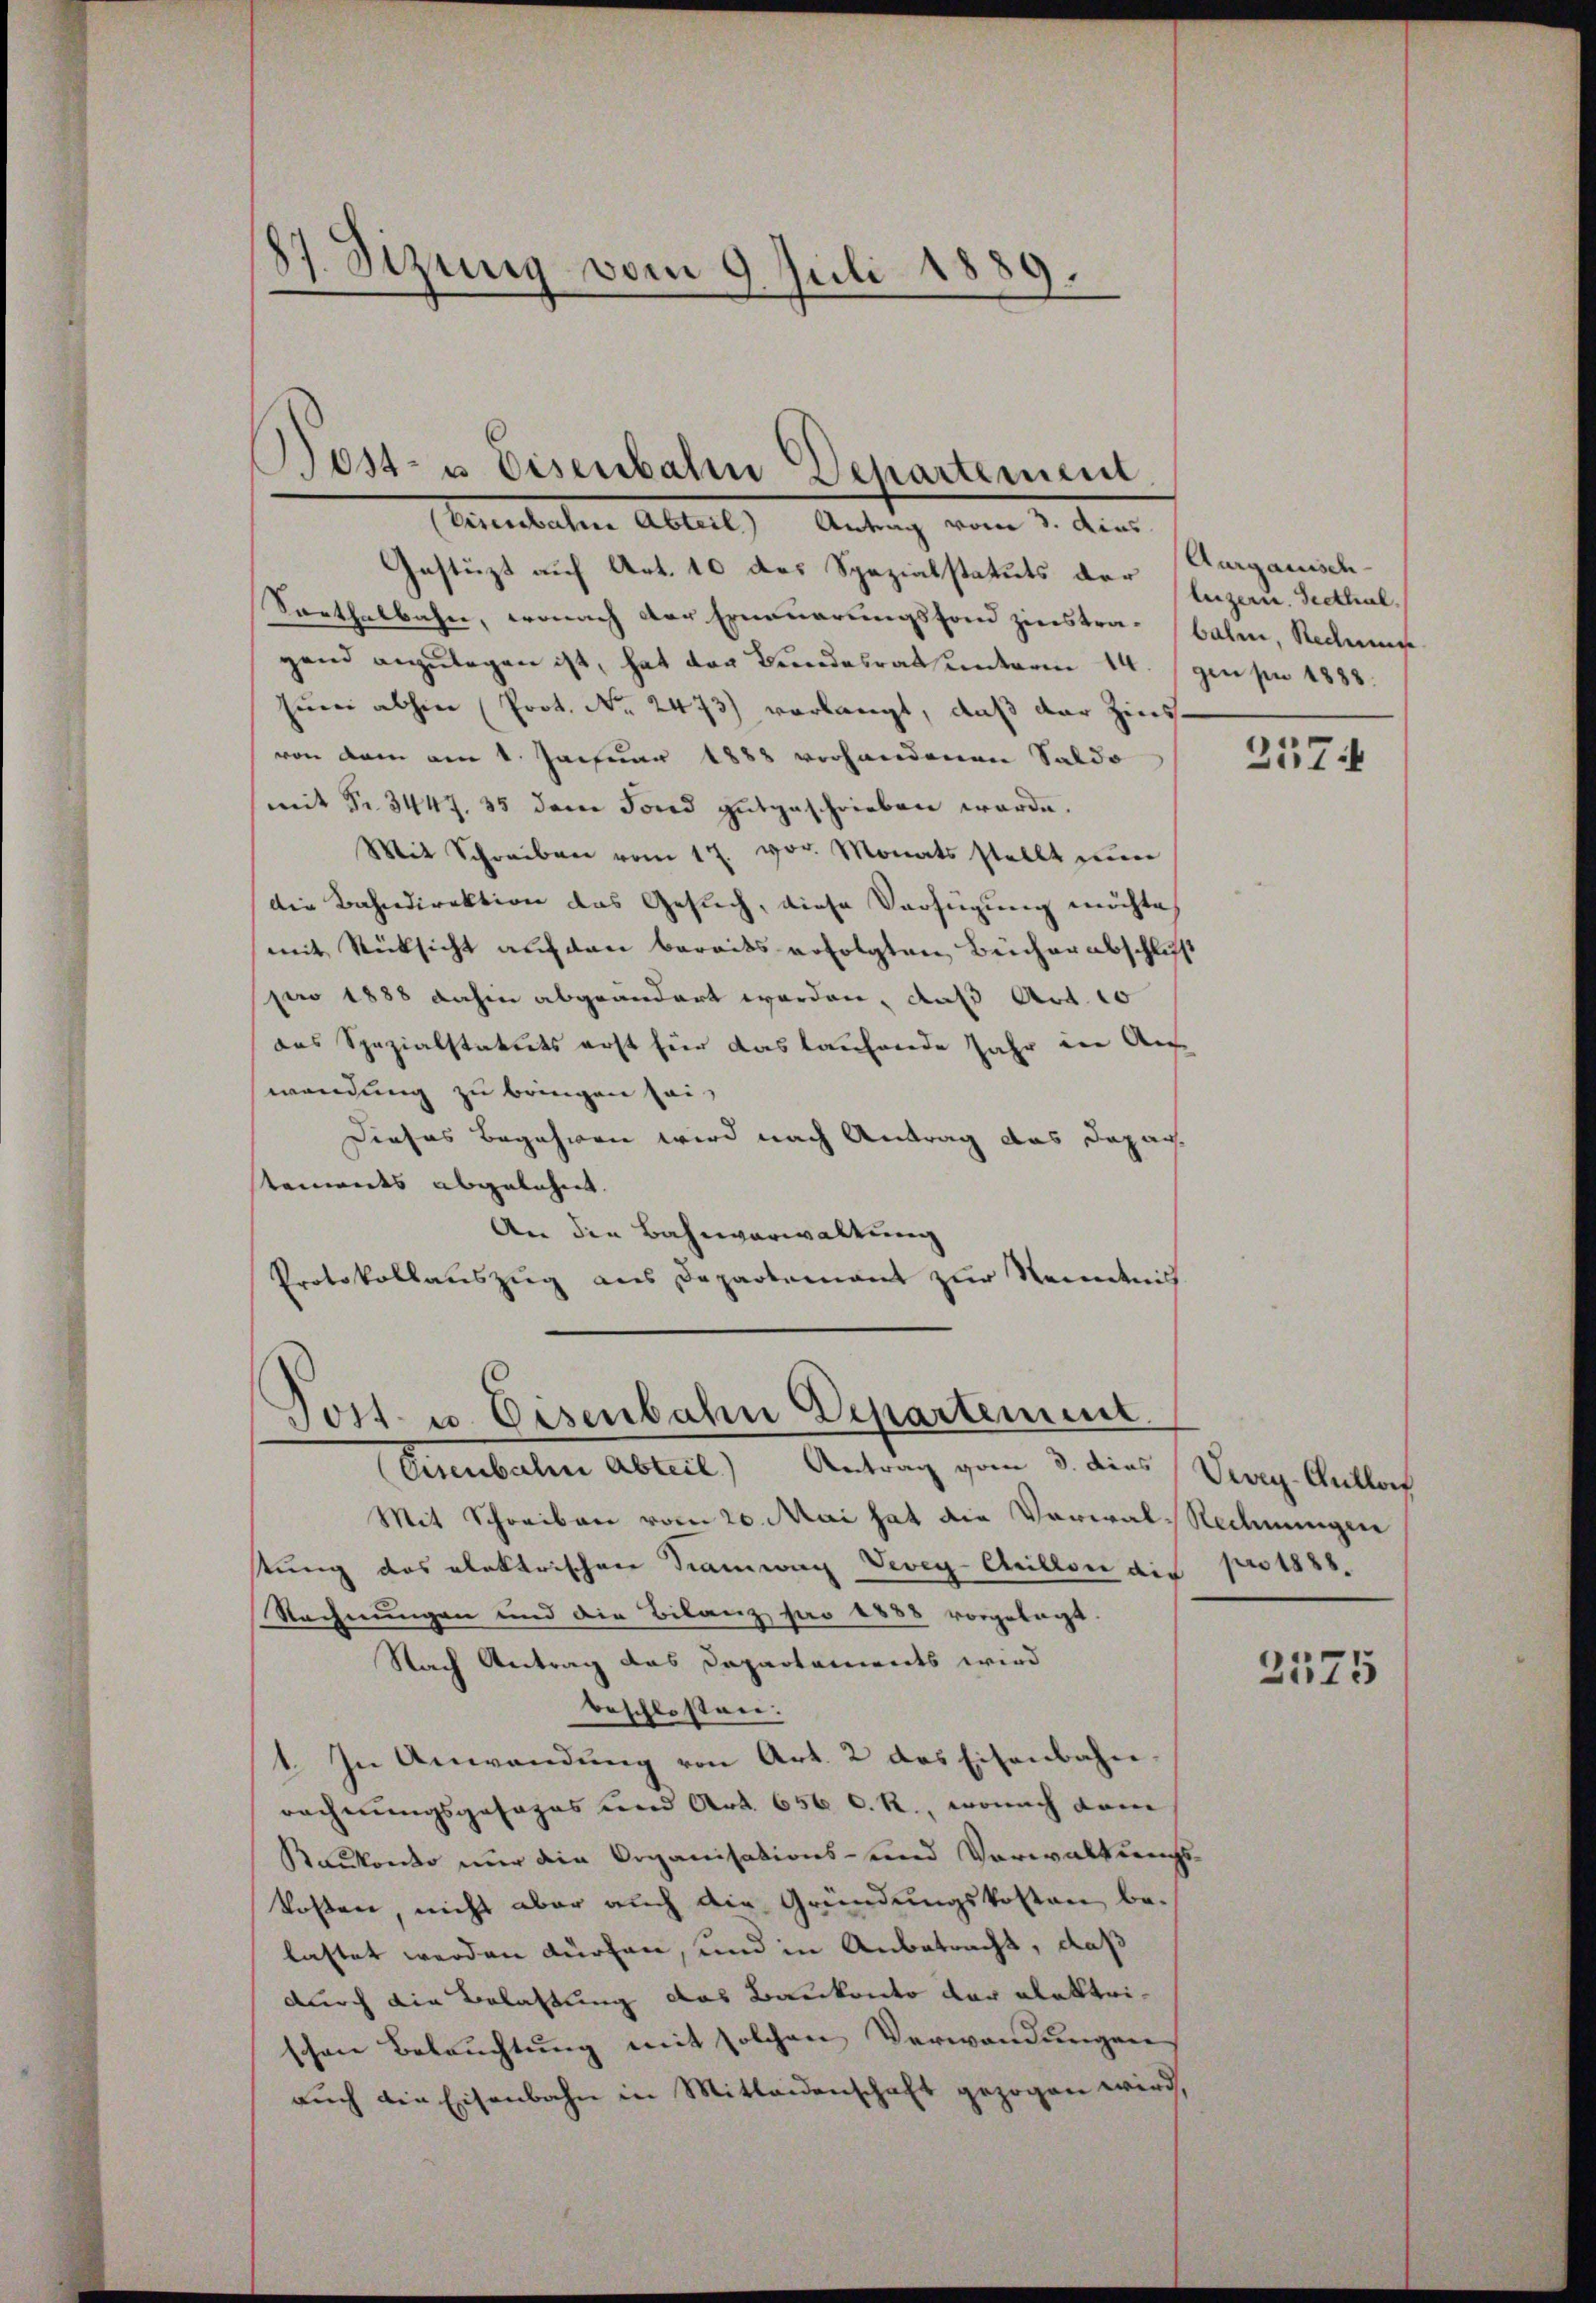
87. Sizung vom 9
1. Juli 1
89.
2

Gestützt auf Art. 10 des Spezialstatuts der (Luzern. Seethal¬
Sarthalbahn, wonach der Erneuerungsfond zinstra-balm, Rechn
gand anzulegen ist, hat der Bundesrat unterm 14. gen pr 1888.
Hüni abhin (Prot. No. 2473) verlangt, daß der Zins
von dem am 1. Januar 1888 vorhandenen Saldo
mit Fr. 3447. 35 dem Fond gutgeschrieben werde.
Mit Schreiben vom 17. vor. Monats stellt nun
die Bahndirektion das Gesuch, diese Verfügung möchte,
(mit Rücksicht auf den bereits erfolgten Beicherabschluß
pro 1888 dahin abgeändert worden, daß Art. 10
das Spezialstatuts erst für das laufende Jahr die Auf
wendung zu bringen sei,
Dieses Begehren wird nach Antrag das Dapac
staments abgelehnt.
An die Bahnverwaltung
Protokollauszug aus Departement zur Kenntnis

Post- u Disenbahn Departement
(Visenbahne Abteil) Antrag vom 3. dies

Tost. u. Eisenbahn Departement.

(Eisenbahn Abteil) Antrag von 3. dies (Vevey-Cillor
Mit Schreiben vom 20. Mai hat die Verwal-Rechnungen
tung des elektrischen Tramwag Vevey-Chillon die pro 1888.
Rechnungen und die Bilanz pro 1888 vorgelegt.
Nach Antrag das Departements wird
beschlossen:
1. In Anwendung von Art. 2 das Eisenbahn
rechnungsgesages und Art. 656 C. R., wonach dam
Balkondo nur die Organisations- und Vorwalt weichs-
kosten, nicht aber auch die Gründungskosten belastet werden durchen, und in Anbetracht, daß
durch die Belastung das Baukonto der alektrischen Beleuchtung mit solchen Verwendungen
aŭch die Eisenbahn in Mitleidenschaft gezogen wird,

Aurgauisch-

257.

2575